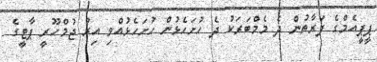
ޕީޕީއެމްގެ ފަރާތުން ދެ މެމްބަރަކު ދެ ހުށަހެޅުން ހުށަހެޅުއްވި އިރު ޖުމްހޫރީ ޕާޓީގެ